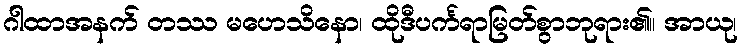
ဂါထာအနက် တဿ မဟေသိနော၊ ထိုဒီပင်္ကရာမြတ်စွာဘုရား၏။ အာယု၊